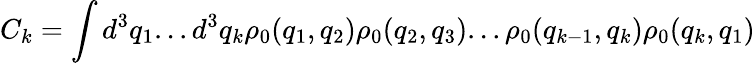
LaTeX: C_{k}=\int d^{3}q_{1}...d^{3}q_{k}\rho_{0}(q_{1},q_{2})\rho_{0}(q_{2},q_{3})...\rho_{0}(q_{k-1},q_{k})\rho_{0}(q_{k},q_{1})